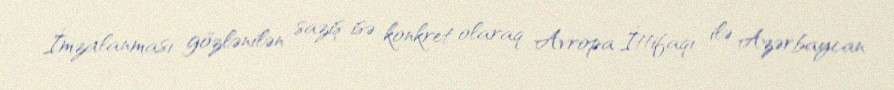
İmzalanması gözlənilən saziş isə konkret olaraq Avropa İttifaqı ilə Azərbaycan